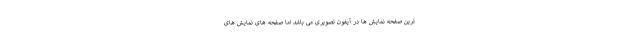
ترین صفحه نمایش ها در آیفون تصویری می باشد اما صفحه های نمایش های